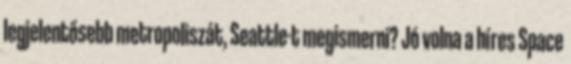
legjelentősebb metropoliszát, Seattle-t megismerni? Jó volna a híres Space